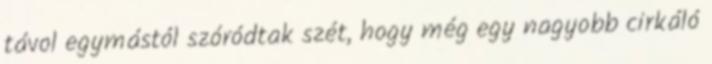
távol egymástól szóródtak szét, hogy még egy nagyobb cirkáló